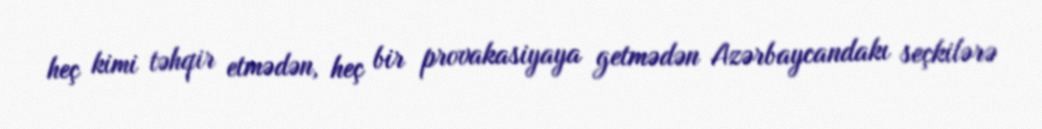
heç kimi təhqir etmədən, heç bir provakasiyaya getmədən Azərbaycandakı seçkilərə